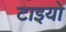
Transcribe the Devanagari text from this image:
टाइयो